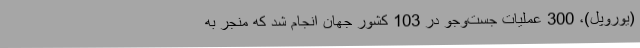
(یوروپل)، 300 عملیات جست‌وجو در 103 کشور جهان انجام شد که منجر به